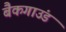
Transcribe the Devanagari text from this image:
बैकगाउंड